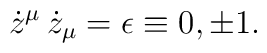
\dot{z}^{\mu} \, \dot{z}_{\mu} = \epsilon \equiv 0, \pm 1 .